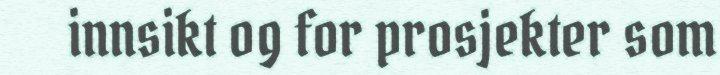
innsikt og for prosjekter som